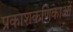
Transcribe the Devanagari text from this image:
प्रकाशकणिकाओं